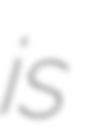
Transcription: is